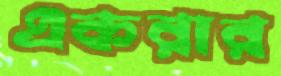
একরার